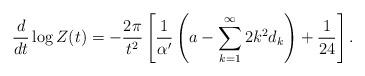
LaTeX: \begin{align*}\frac d{dt}\log Z(t) = -\frac{2\pi}{t^2}\left[\frac1{\alpha'}\left(a-\sum_{k=1}^\infty 2k^2d_k\right)+\frac1{24} \right]. \end{align*}